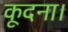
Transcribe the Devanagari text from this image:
कूदना।